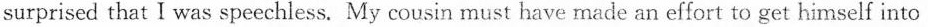
surprised that I was speechless. My cousin must have made an effort to get himself into